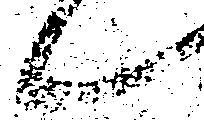
候